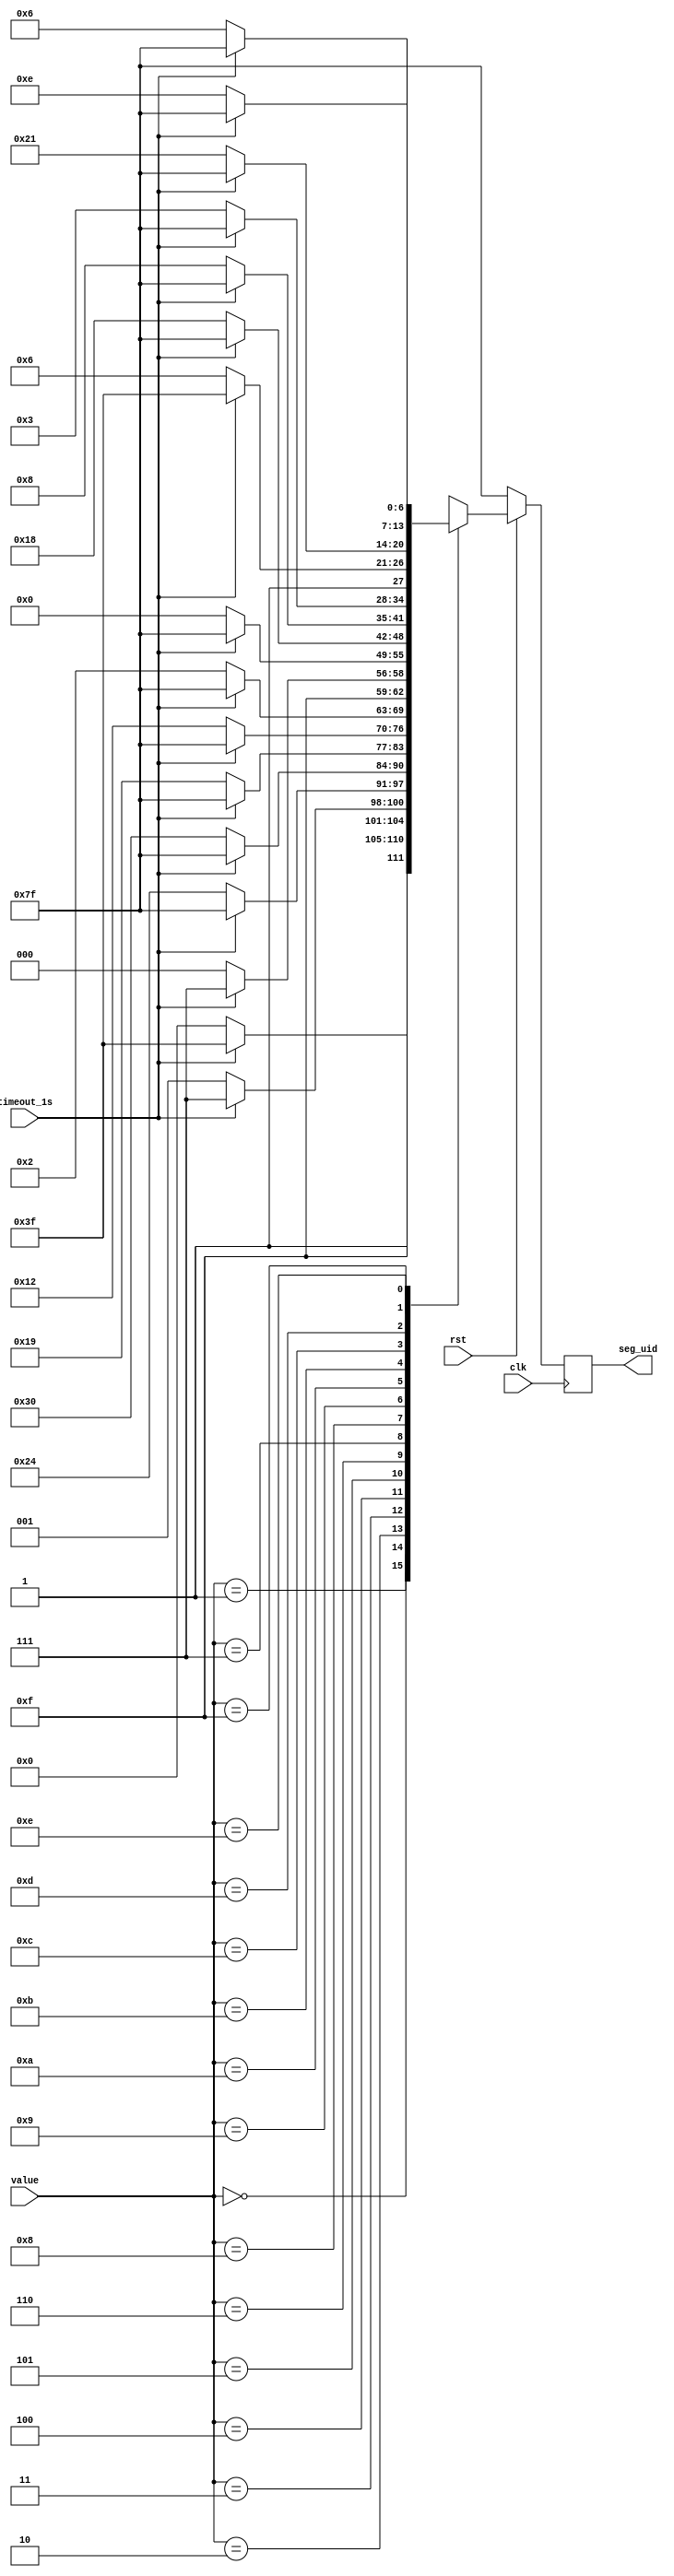
// ECE 6370
// 0-F seven segment display module

`timescale 1ns/1ns

module blinking_sevenseg(clk, rst, value,timeout_1s,seg_uid);
	
	//input valid;
	input clk, rst;
	input [3:0] value;
	input timeout_1s;
	output [6:0] seg_uid;
	reg [6:0] seg_uid;
	
	always@(posedge clk)
		begin
			if(rst==1'b0)
				begin
					seg_uid=7'b1111111;
				end
			else
				begin
					case(value)
			
				4'b0000: //display '0'
					begin
						seg_uid=7'b1000000;
						if(timeout_1s==1'b1)
							begin
							 seg_uid=7'b1111111;
							end
					end	
				
				4'b0001://display '1' 
					begin
						seg_uid=7'b1111001;
						if(timeout_1s==1'b1)
							begin
							 seg_uid=7'b1111111;
							end
					end
			
				4'b0010: //display '2'
					begin
						seg_uid=7'b0100100;
						if(timeout_1s==1'b1)
							begin
							 seg_uid=7'b1111111;
							end
					end
			
				4'b0011: //display '3'
					begin
						seg_uid=7'b0110000;
						if(timeout_1s==1'b1)
							begin
							 seg_uid=7'b1111111;
							end
					end
				
				4'b0100: //display '4'
					begin
						seg_uid=7'b0011001;
						if(timeout_1s==1'b1)
							begin
							 seg_uid=7'b1111111;
							end
					end
			
				4'b0101: //display '5'
					begin
					seg_uid=7'b0010010;
					if(timeout_1s==1'b1)
							begin
							 seg_uid=7'b1111111;
							end
					end
			
				4'b0110: //display '6'
					begin
						seg_uid=7'b0000010;
						if(timeout_1s==1'b1)
							begin
							 seg_uid=7'b1111111;
							end
					end
			
				4'b0111: //display '7'
					begin
						seg_uid=7'b1111000;
						if(timeout_1s==1'b1)
							begin
							 seg_uid=7'b1111111;
							end
					end
			
				4'b1000: //display '8'
					begin
						seg_uid=7'b0000000;
						if(timeout_1s==1'b1)
							begin
							 seg_uid=7'b1111111;
							end
					end
					
				4'b1001: //display '9'
					begin
						seg_uid=7'b0011000;
						if(timeout_1s==1'b1)
							begin
							 seg_uid=7'b1111111;
							end
					end
			
				4'b1010: //display 'A'
					begin
						seg_uid=7'b0001000;
						if(timeout_1s==1'b1)
							begin
							 seg_uid=7'b1111111;
							end
					end
			
				4'b1011: //display 'B'
					begin
						seg_uid=7'b0000011;
						if(timeout_1s==1'b1)
							begin
							 seg_uid=7'b1111111;
							end
					end
			
				4'b1100: //display 'C'
					begin
						seg_uid=7'b1000110;
						if(timeout_1s==1'b1)
							begin
							 seg_uid=7'b1111111;
							end
					end
				
				4'b1101: //display 'D';
					begin
						seg_uid=7'b0100001;
						if(timeout_1s==1'b1)
							begin
							 seg_uid=7'b1111111;
							end
					end
				
				4'b1110: //display 'E'
					begin
						seg_uid=7'b0000110;
						if(timeout_1s==1'b1)
							begin
							 seg_uid=7'b1111111;
							end
					end
				
				4'b1111: //display 'F'
					begin
						seg_uid=7'b0001110;
						if(timeout_1s==1'b1)
							begin
							 seg_uid=7'b1111111;
							end
					end
				
				default:
					begin
						seg_uid=7'b1000000;
					end
				
			endcase
			end
			
		end

endmodule